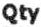
QTY